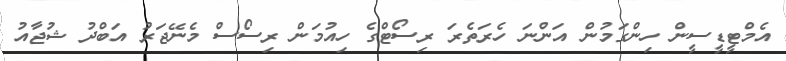
އެމްޓީޑީސީން ހިންގަމުން އަންނަ ހެރަތެރަ ރިސޯޓްގެ ހިއުމަން ރިސޯސް މެނޭޖަރު އަބްދު ޝުޖާއު